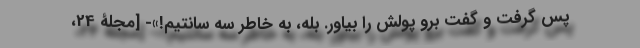
پس گرفت و گفت برو پولش را بیاور. بله، به خاطر سه سانتیم!»- [مجلۀ 24،